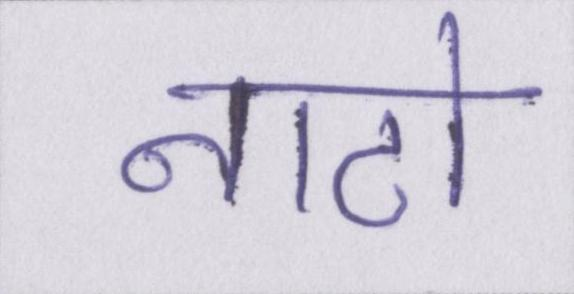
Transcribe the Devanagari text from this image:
नाटो